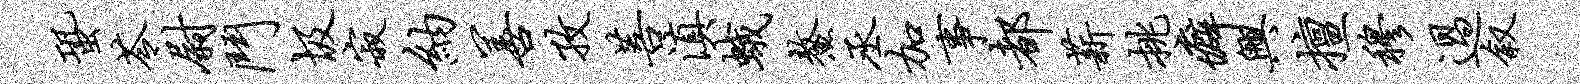
蛩苓尉斗圾寂纳善孜菩滇蛾鳌丞加事都薪挑癖兴擅穆过叙